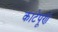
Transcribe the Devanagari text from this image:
काटेपूर्ण